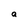
Character: a